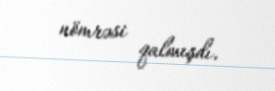
nömrəsi qalmışdı.